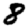
Digit: 8